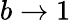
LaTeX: b\to 1